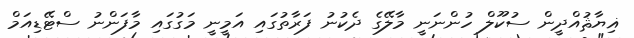
ޣިޔާޘުއްދީން ސުކޫލް ހުންނަނީ މާލޭގެ ދެކުނު ފަރާތުގައި އަމީނީ މަގުގައި މާފަންނު ސްޓޭޑިއަމް